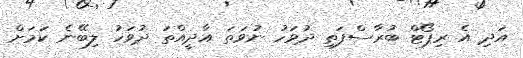
އަދި އެ ރިޕޯޓް ބުރާސްފަތި ދުވަހު ނުވަތަ އާދީއްތަ ދުވަހު ލިބޭނެ ކަމަށް